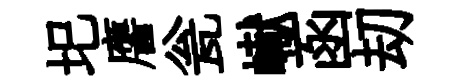
圯譍瓮𪩘函刧